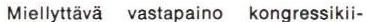
Miellyttävä vastapaino kongressikii-